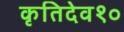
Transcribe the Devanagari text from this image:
कृतिदेव१०